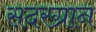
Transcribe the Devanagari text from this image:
सदरग्रान